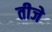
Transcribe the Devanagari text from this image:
तीजे